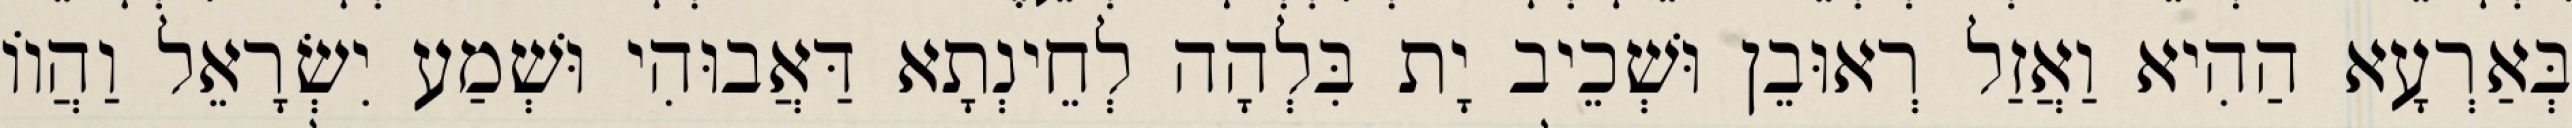
בְּאַרְעָא הַהִיא וַאֲזַל רְאוּבֵן וּשְׁכֵיב יָת בִּלְהָה לְחֵינְתָא דַּאֲבוּהִי וּשְׁמַע יִשְׂרָאֵל וַהֲווֹ